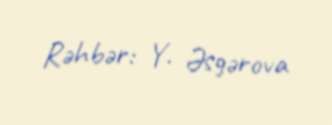
Rəhbər: Y. Əsgərova